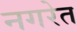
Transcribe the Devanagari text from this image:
नगरेत